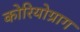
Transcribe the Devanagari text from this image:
कोरियोग्राग